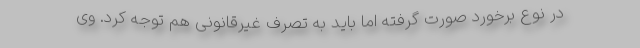
در نوع برخورد صورت گرفته اما باید به تصرف غیرقانونی هم توجه کرد. وی